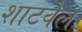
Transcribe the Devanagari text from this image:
शाटवेल